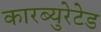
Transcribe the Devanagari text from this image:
कारब्युरेटेड